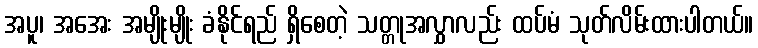
အပူ၊ အအေး အမျိုးမျိုး ခံနိုင်ရည် ရှိစေတဲ့ သတ္တုအလွှာလည်း ထပ်မံ သုတ်လိမ်းထားပါတယ်။